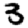
Digit: 3